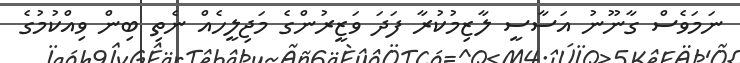
ނަމަވެސް ގާނޫނު އަސާސީ ލާޒިމުކުރާ ފަދަ ވަޒީރުންގެ މަޖިލީހެއް ނެތި ބިން ވިއްކުމުގެ